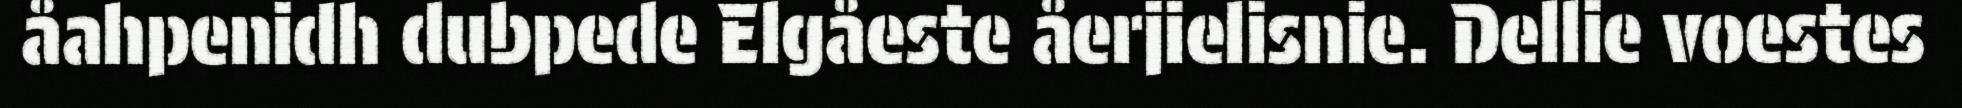
åahpenidh dubpede Elgåeste åerjielisnie. Dellie voestes